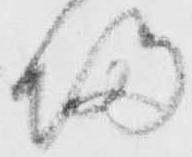
帰